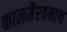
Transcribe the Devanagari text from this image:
कालमैरवनाथ